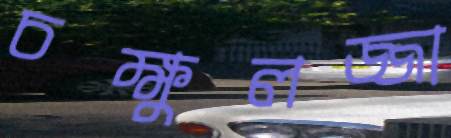
চক্ষুলজ্জা